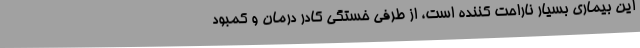
این بیماری بسیار ناراحت کننده است، از طرفی خستگی کادر درمان و کمبود